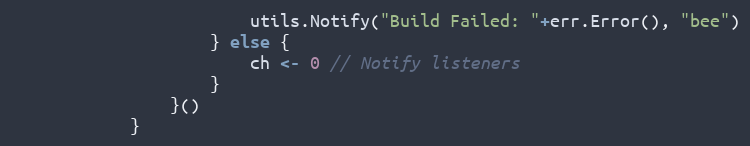
Language: Go
						utils.Notify("Build Failed: "+err.Error(), "bee")
					} else {
						ch <- 0 // Notify listeners
					}
				}()
			}